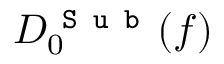
D _ { 0 } ^ { \texttt { S u b } } ( f )